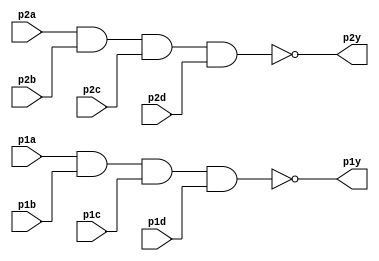
// https://hdlbits.01xz.net/wiki/7420

module top_module (
    input p1a, p1b, p1c, p1d,
    output p1y,
    input p2a, p2b, p2c, p2d,
    output p2y );

    assign p1y = ~(p1a & p1b & p1c & p1d);
    assign p2y = ~(p2a & p2b & p2c & p2d);
endmodule